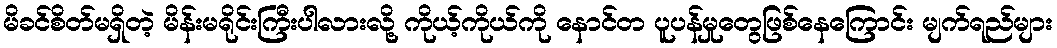
မိခင်စိတ်မရှိတဲ့ မိန်းမရိုင်းကြီးပါလားလို့ ကိုယ့်ကိုယ်ကို နောင်တ ပူပန်မှုတွေဖြစ်နေကြောင်း မျက်ရည်များ